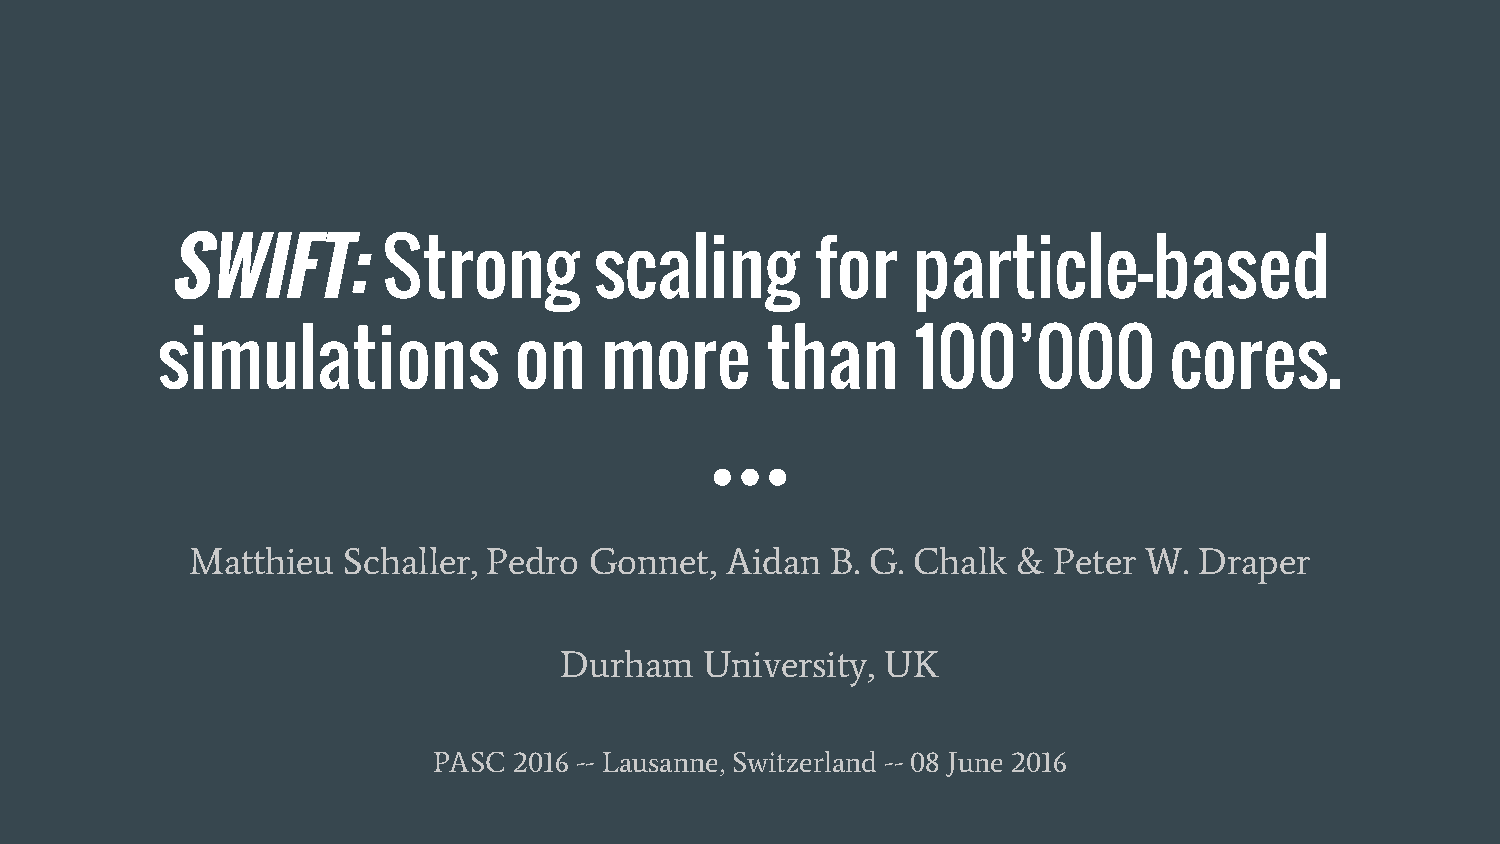
SWIFT:        Strong        scaling        for   particle-based
 simulations             on    more       than      100’000         cores.
 Matthieu  Schaller, Pedro Gonnet,  Aidan  B. G. Chalk &  Peter W. Draper
 Durham    University, UK
 PASC 2016 -- Lausanne, Switzerland -- 08 June 2016